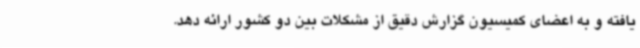
یافته و به اعضای کمیسیون گزارش دقیق از مشکلات بین دو کشور ارائه دهد.